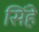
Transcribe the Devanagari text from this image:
सिंहे